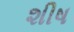
શીષ